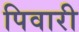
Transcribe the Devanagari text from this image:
पिवारी